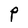
Character: P